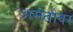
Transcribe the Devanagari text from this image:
असेतोवर